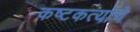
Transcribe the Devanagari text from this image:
कष्टकर्त्याचे